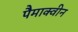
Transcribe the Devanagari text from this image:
पैमाक्वीन